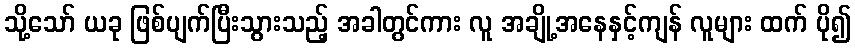
သို့သော် ယခု ဖြစ်ပျက်ပြီးသွားသည့် အခါတွင်ကား လူ အချို့အနေနှင့်ကျန် လူများ ထက် ပို၍